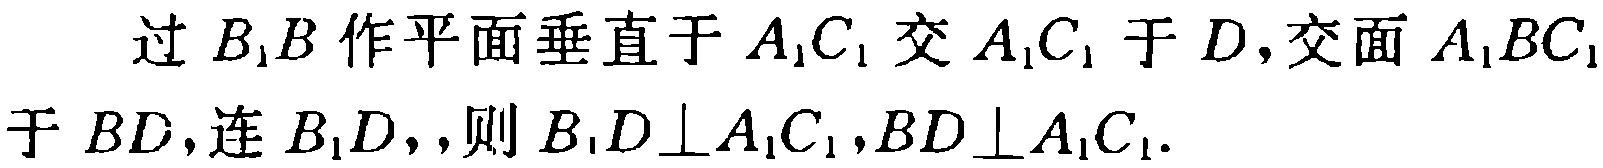
过 \(B_{1}B\) 作平面垂直于 \(A_{1}C_{1}\) 交 \(A_{1}C_{1}\) 于 \(D\)，交面 \(A_{1}BC_{1}\) 于 \(BD\)，连 \(B_{1}D\)，，则 \(B_{1}D\perp A_{1}C_{1},BD\perp A_{1}C_{1}\)。